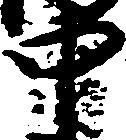
中